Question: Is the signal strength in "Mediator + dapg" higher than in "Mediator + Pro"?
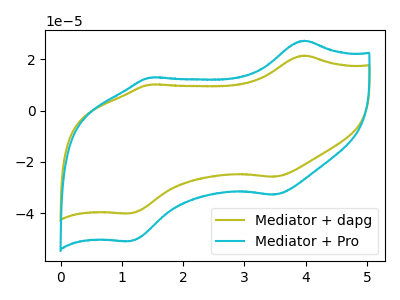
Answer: <think>The olive curve "Mediator + dapg" has anodic peaks at (3.95V, 21.50uA) (1.45V, 10.15uA) and cathodic peaks at (3.50V, -25.80uA) (1.15V, -40.05uA). The cyan curve "Mediator + Pro" has anodic peaks at (3.95V, 27.30uA) (1.45V, 12.90uA) and cathodic peaks at (3.50V, -32.75uA) (1.15V, -50.90uA).
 All the peaks in "Mediator + dapg" have a peak in "Mediator + Pro" at the same potential. Every peak in "Mediator + dapg" is lower than every peak in "Mediator + Pro".</think>
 <answer>"Mediator + dapg" has less signal than "Mediator + Pro".</answer>
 <eval>less_signal</eval>